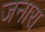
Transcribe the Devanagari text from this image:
जनारा